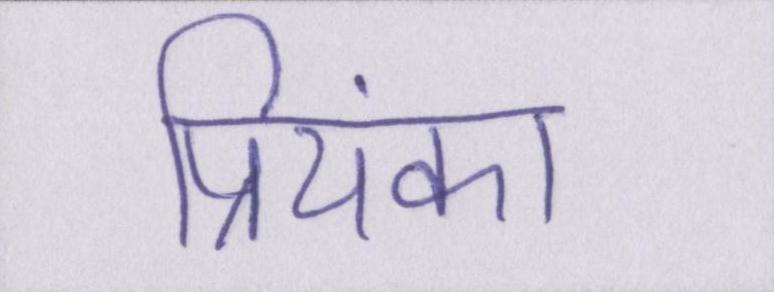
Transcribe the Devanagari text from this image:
प्रियंका